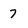
Character: 7